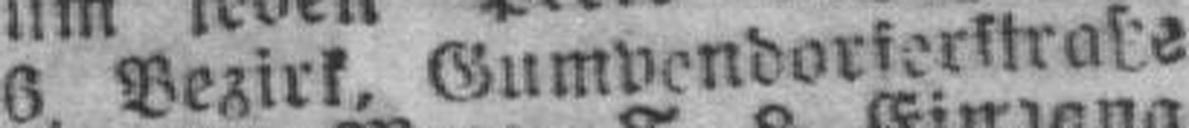
6. Bezirk, Gumvendorferstraße